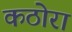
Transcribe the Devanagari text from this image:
कठोरा